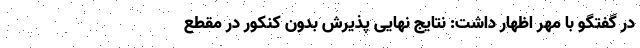
در گفتگو با مهر اظهار داشت: نتایج نهایی پذیرش بدون کنکور در مقطع